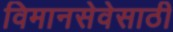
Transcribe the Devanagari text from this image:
विमानसेवेसाठी